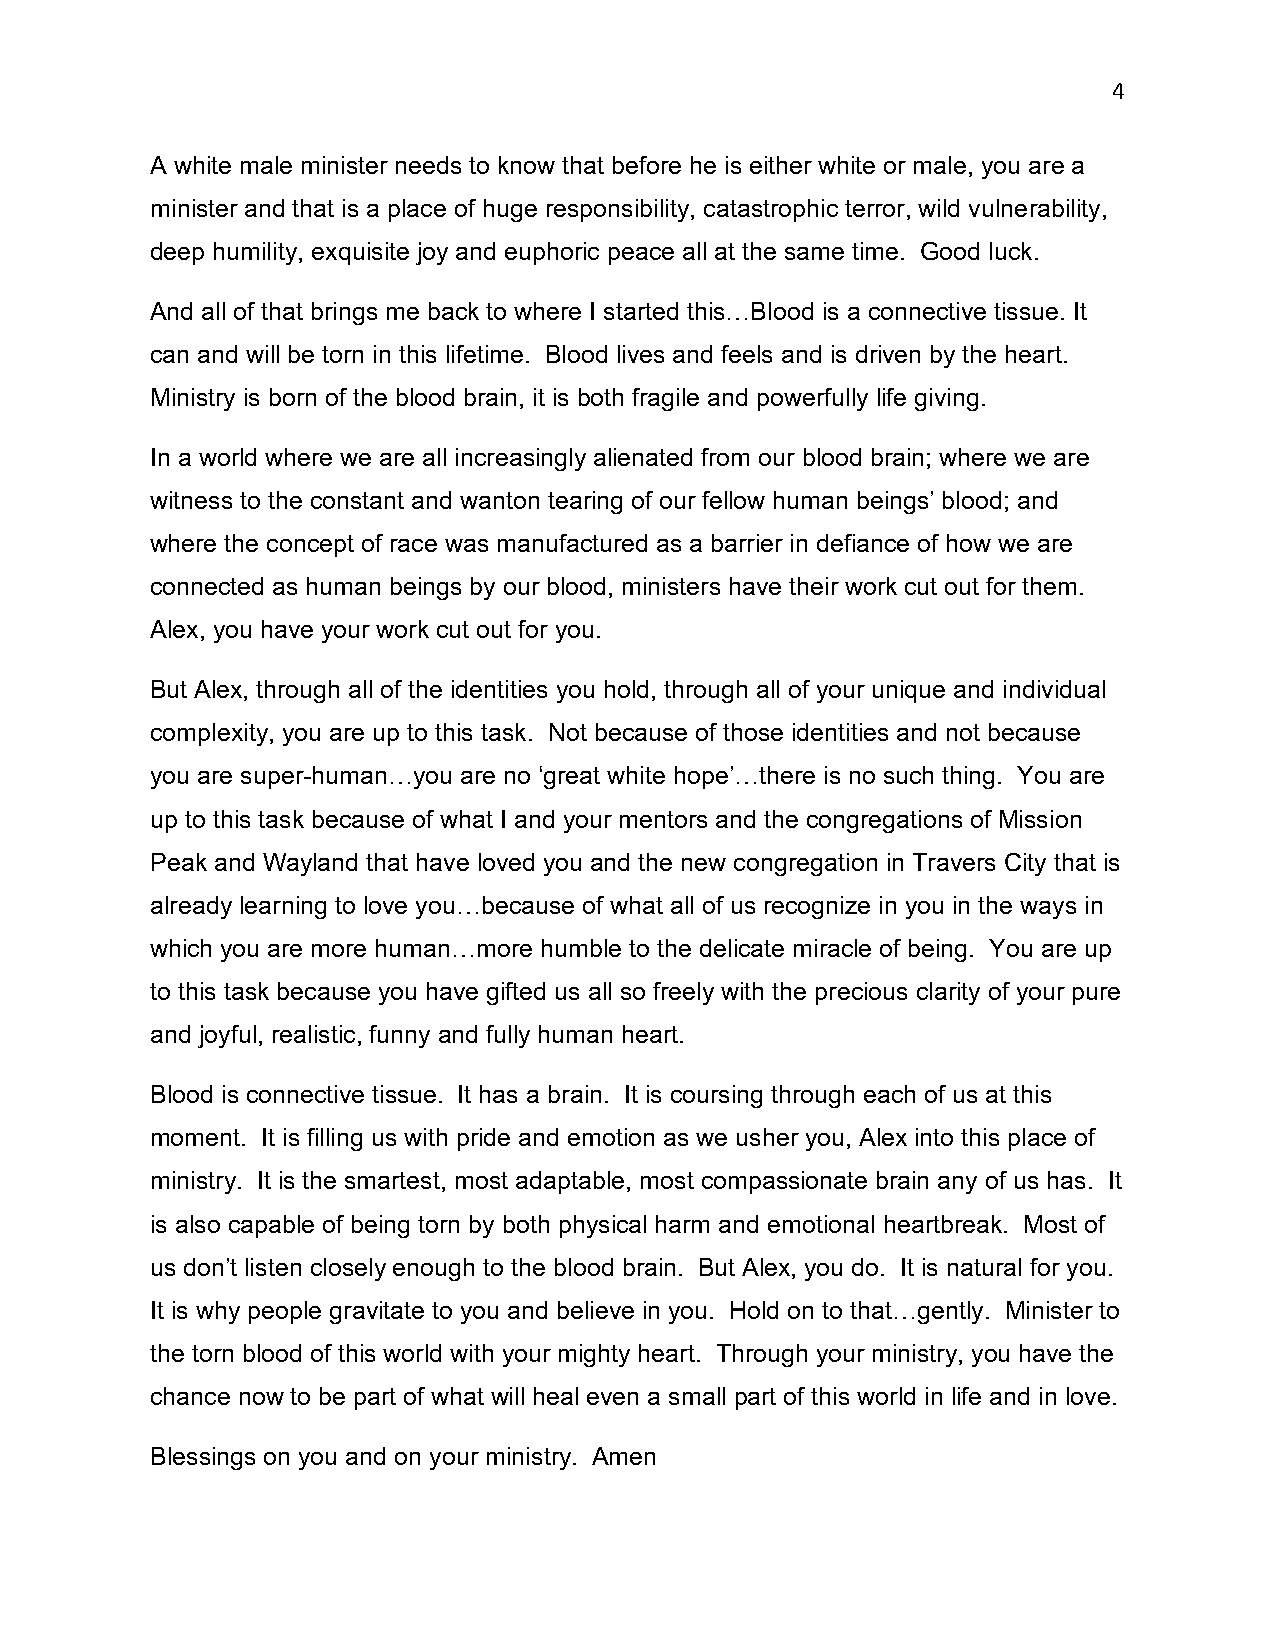
4
 A white male minister needs to know that before he is either white or male, you are a
 minister and that is a place of huge responsibility, catastrophic terror, wild vulnerability,
 deep humility, exquisite joy and euphoric peace all at the same time. Good luck.
 And all of that brings me back to where I started this…Blood is a connective tissue. It
 can and will be torn in this lifetime. Blood lives and feels and is driven by the heart.
 Ministry is born of the blood brain, it is both fragile and powerfully life giving.
 In a world where we are all increasingly alienated from our blood brain; where we are
 witness to the constant and wanton tearing of our fellow human beings’ blood; and
 where the concept of race was manufactured as a barrier in defiance of how we are
 connected as human beings by our blood, ministers have their work cut out for them.
 Alex, you have your work cut out for you.
 But Alex, through all of the identities you hold, through all of your unique and individual
 complexity, you are up to this task. Not because of those identities and not because
 you are super-human…you are no ‘great white hope’…there is no such thing. You are
 up to this task because of what I and your mentors and the congregations of Mission
 Peak and Wayland that have loved you and the new congregation in Travers City that is
 already learning to love you…because of what all of us recognize in you in the ways in
 which you are more human…more humble to the delicate miracle of being. You are up
 to this task because you have gifted us all so freely with the precious clarity of your pure
 and joyful, realistic, funny and fully human heart.
 Blood is connective tissue. It has a brain. It is coursing through each of us at this
 moment. It is filling us with pride and emotion as we usher you, Alex into this place of
 ministry. It is the smartest, most adaptable, most compassionate brain any of us has. It
 is also capable of being torn by both physical harm and emotional heartbreak. Most of
 us don’t listen closely enough to the blood brain. But Alex, you do. It is natural for you.
 It is why people gravitate to you and believe in you. Hold on to that…gently. Minister to
 the torn blood of this world with your mighty heart. Through your ministry, you have the
 chance now to be part of what will heal even a small part of this world in life and in love.
 Blessings on you and on your ministry. Amen